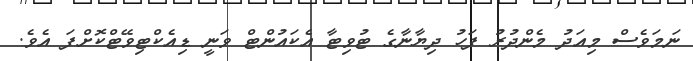
ނަމަވެސް މިއަދު މެންދުރު ފަހު ދިޔާނާގެ ޓުވިޓާ އެކައުންޓް ވަނީ ޑިއެކްޓިވޭޓްކޮށްފަ އެވެ.